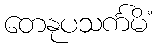
တေနုပသင်္ကမိံ